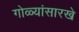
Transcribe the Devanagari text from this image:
गोळ्यांसारखे